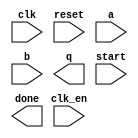
module mul__ (
    input clk,
    input reset,
    input clk_en,
    input [31:0] a,
    input [31:0] b,
    output [31:0] q,
    input start,
    output wire done
);
    
endmodule